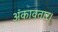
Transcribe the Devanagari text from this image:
अंकावतार।